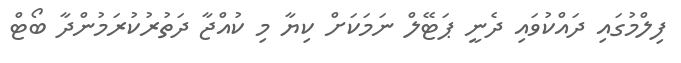
ފިލްމުގައި ދައްކުވައި ދެނީ ޕަޓޭލް ނަމަކަށް ކިޔާ މި ކުއްޖާ ދަތުރުކުރަމުންދާ ބޯޓް